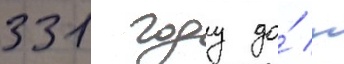
331 году до́ н